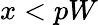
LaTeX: x<pW